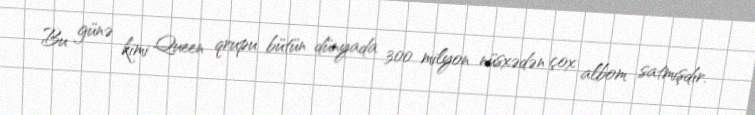
Bu günə kimi Queen qrupu bütün dünyada 300 milyon nüsxədən çox albom satmışdır.